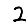
Digit: 2